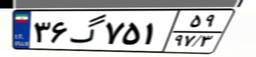
۷۴گ۸۳۴۷۵